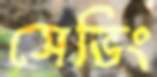
সেভিং